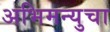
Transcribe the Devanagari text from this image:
अभिमन्युचा